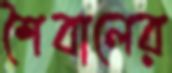
শৈবালের